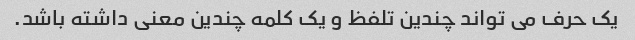
یک حرف می تواند چندین تلفظ و یک کلمه چندین معنی داشته باشد.